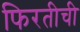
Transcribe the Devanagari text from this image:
फिरतीची